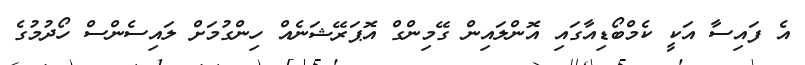
އެ ފައިސާ އަކީ ކެމްބޯޑިއާގައި އޮންލައިން ގޭމިންގް އޮޕަރޭޝަނެއް ހިންގުމަށް ލައިސެންސް ހޯދުމުގެ